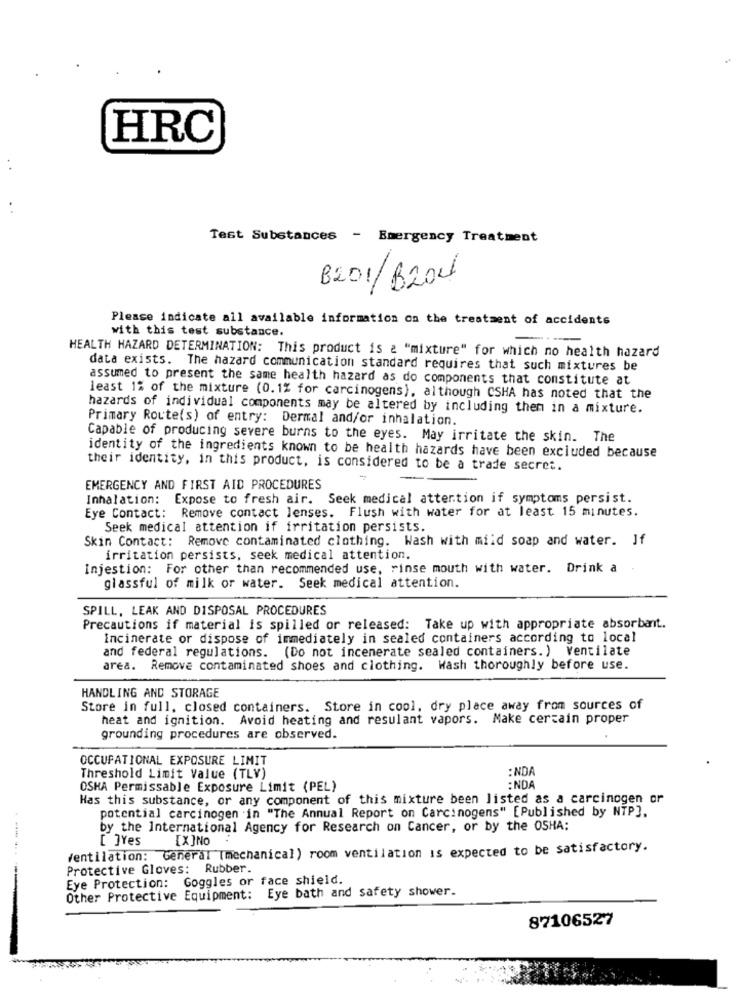
HRC
Test Substances - Emergency Treatment
B2DI/B200
Please indicate all available information on the treatment of accidents
with this test substance.
HEALTH HAZARD DETERMINATION: This product is & "mixture" for which no health hazard
data exists. The hazard communication standard requires that such mixtures be
assumed to present the same health hazard as do components that constitute at
least 1% of the mixture (0.1% for carcinogens). although CSHA has noted that the
hazards of individual components may be altered by including them in a mixture.
Primary Route(s) of entry: Dermal and/or inhalation.
Capable of producing severe burns to the eyes. May irritate the skin. The
identity of the ingredients known to be health hazards have been excluded because
their identity, in this product, is considered to be a trade secret.
EMERGENCY AND FIRST AID PROCEDURES
Inhalation: Expose to fresh air. Seek medical attention if symptoms persist.
Eye Contact: Remove contact lenses. Flush with water for at least 15 minutes.
Seek medical attention if irritation persists.
Skin Contact: Remove contaminated clothing. Wash with mild soap and water. If
irritation persists, seek medical attention.
Injestion: For other than recommended use, rinse mouth with water. Drink a
glassful of milk or water. Seek medical attention.
SPILL, LEAK AND DISPOSAL PROCEDURES
Precautions if material is spilled or released: Take up with appropriate absorbant.
Incinerate or dispose of immediately in sealed containers according to local
and federal regulations. (Do not incenerate sealed containers. ) Ventilate
area. Remove contaminated shoes and clothing. Wash thoroughly before use.
HANDLING AND STORAGE
Store in full. closed containers. Store in cool, dry place away from sources of
heat and ignition. Avoid heating and resulant vapors. Make certain proper
grounding procedures are observed.
OCCUPATIONAL EXPOSURE LIMIT
: NDA
Threshold Limit Value (TLV)
OSKA Permissable Exposure Limit (PEL)
:NDA
Has this substance, or any component of this mixture been listed as a carcinogen or
potential carcinogen in "The Annual Report on Carcinogens" [Published by NTP].
by the International Agency for Research on Cancer, or by the OSHA:
[ ]Yes
[X ]NO
Ventilation: General (mechanical) room ventilation is expected to be satisfactory.
Protective Gloves:
Rubber
Eye Protection: Goggles or face shield.
Other Protective Equipment: Eye bath and safety shower.
87106527